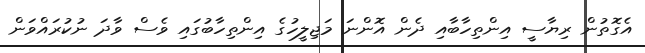
އެގޮތުން ރިޔާސީ އިންތިހާބާއި ދެން އޮންނަ މަޖިލީހުގެ އިންތިހާބުގައި ވެސް ވާދަ ނުކުރައްވަން